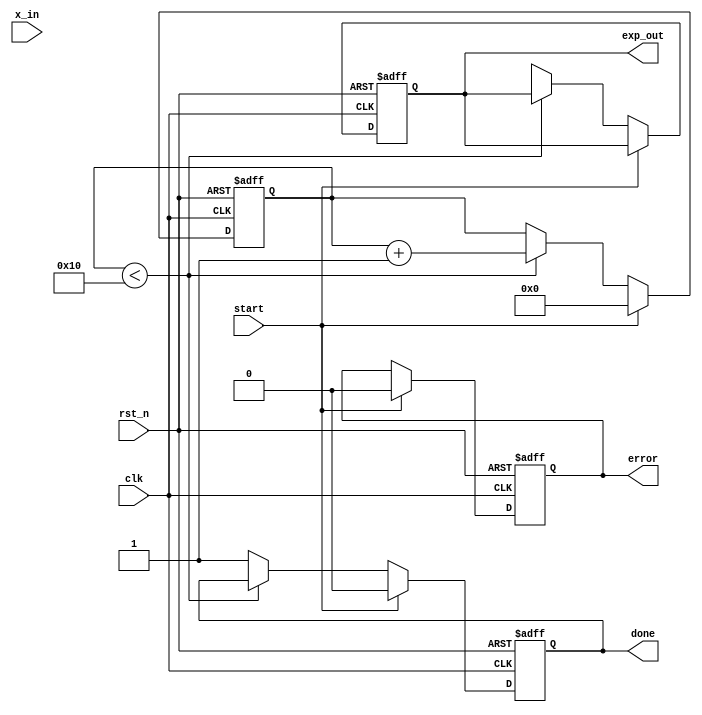
module cordic_exponential #(
    parameter WIDTH = 16,          // Width of the fixed-point representation
    parameter ITERATIONS = 16      // Number of iterations for CORDIC
)(
    input  wire clk,               // Clock signal
    input  wire rst_n,             // Active low reset
    input  wire start,             // Start signal for computation
    input  wire [WIDTH-1:0] x_in,  // Input value (fixed-point representation)
    output reg [WIDTH-1:0] exp_out, // Output value (exponential result)
    output reg done,               // Output signal indicating completion
    output reg error               // Error signal
);

    // CORDIC gain factor for scaling
    localparam [WIDTH-1:0] K = 16'hB2B2; // Example fixed-point scaling factor

    // Internal signals
    reg [WIDTH-1:0] x [0:ITERATIONS-1]; // x values
    reg [WIDTH-1:0] y [0:ITERATIONS-1]; // y values
    reg [WIDTH-1:0] z [0:ITERATIONS-1]; // z values (angle)
    reg [4:0] iteration;                // Iteration counter
    reg [WIDTH-1:0] atan_table [0:ITERATIONS-1]; // Lookup table for arctangent values

    // Initialize the arctangent table
    initial begin
        atan_table[0] = 16'h0000; // atan(0)
        atan_table[1] = 16'h1C71; // atan(1/2)
        atan_table[2] = 16'h2D72; // atan(1/4)
        // ... Fill in the rest of the arctangent values
        // This is just an example; you need to calculate these values
    end

    // State machine for CORDIC operation
    always @(posedge clk or negedge rst_n) begin
        if (!rst_n) begin
            exp_out <= 0;
            done <= 0;
            error <= 0;
            iteration <= 0;
            x[0] <= 0;
            y[0] <= 0;
            z[0] <= 0;
        end else if (start) begin
            // Initialize the first iteration
            x[0] <= x_in; // Input value
            y[0] <= 0;    // Initial y value
            z[0] <= 0;    // Initial angle
            iteration <= 0;
            done <= 0;
            error <= 0;
        end else if (iteration < ITERATIONS) begin
            // CORDIC iteration logic
            if (z[iteration] < 0) begin
                // Rotate counter-clockwise
                x[iteration + 1] <= x[iteration] + (y[iteration] >>> iteration);
                y[iteration + 1] <= y[iteration] - (x[iteration] >>> iteration);
                z[iteration + 1] <= z[iteration] + atan_table[iteration];
            end else begin
                // Rotate clockwise
                x[iteration + 1] <= x[iteration] - (y[iteration] >>> iteration);
                y[iteration + 1] <= y[iteration] + (x[iteration] >>> iteration);
                z[iteration + 1] <= z[iteration] - atan_table[iteration];
            end
            iteration <= iteration + 1;
        end else begin
            // Finalize output
            exp_out <= (x[ITERATIONS] * K) >>> 1; // Apply scaling
            done <= 1;
        end
    end

endmodule